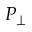
P _ { \perp }